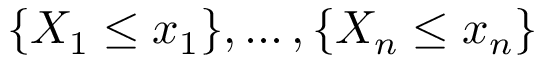
\{ X _ { 1 } \leq x _ { 1 } \} , \ldots , \{ X _ { n } \leq x _ { n } \}